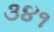
૩૪૧